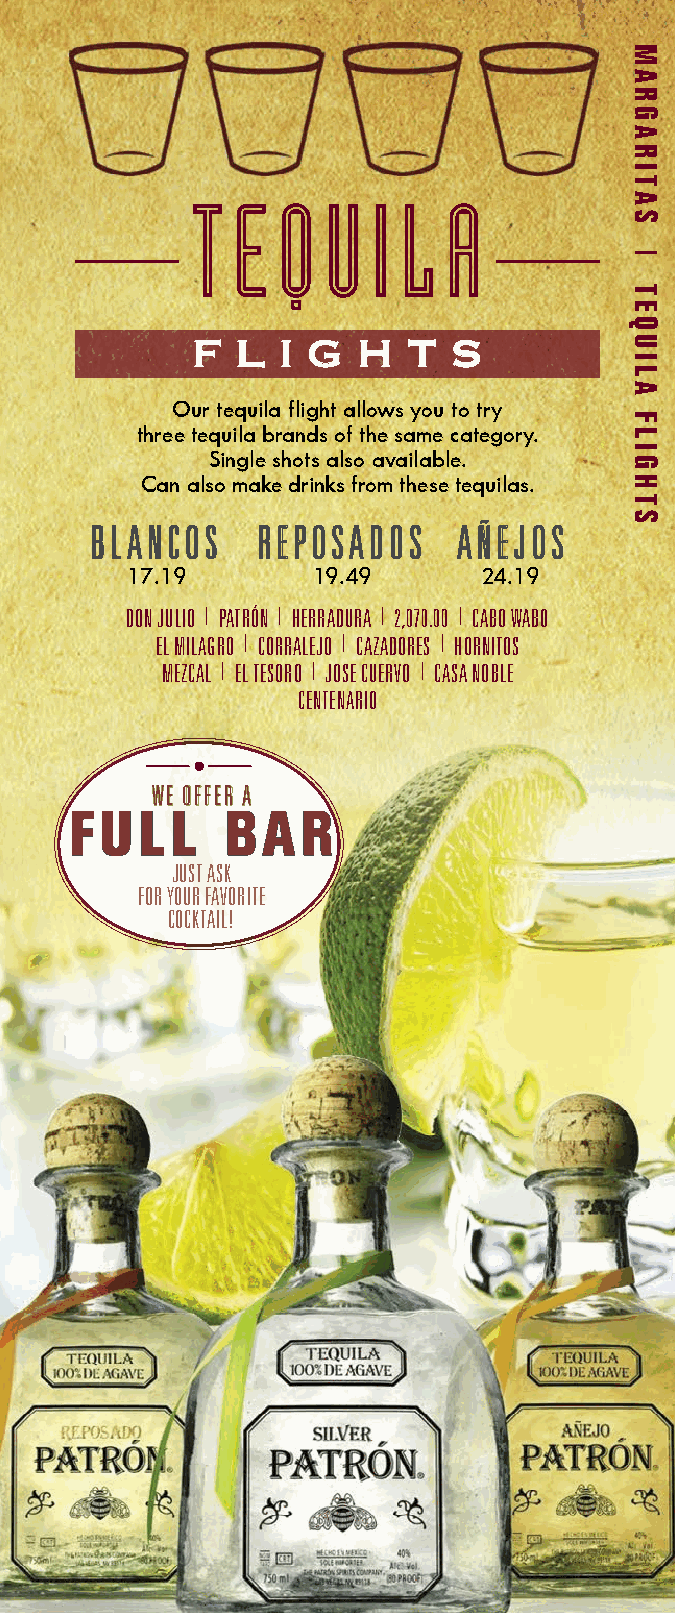
T E  Q  U   I L A
 FF LL II GG HH TT SS
 Our tequila flight allows you to try
 three tequila brands of the same category.
 Single shots also available.
 Can also make drinks from these tequilas.
 BBLLAANNCCOOSS RREEPPOOSSAADDOOSS AAÑÑEEJJOOSS
 17.19        19.49      24.19
 DON JULIO | PATRÓN | HERRADURA | 2,070.00 | CABO WABO
 EL MILAGRO | CORRALEJO | CAZADORES | HORNITOS
 MEZCAL | EL TESORO | JOSE CUERVO | CASA NOBLE
 CENTENARIO
 WWEE OOFFFFEERR AA
 FF UU LL LL BB AA RR
 JUST ASK
 FOR YOUR FAVORITE
 COCKTAIL!
 MARGARITAS
 |
 TEQUILA
 FLIGHTS